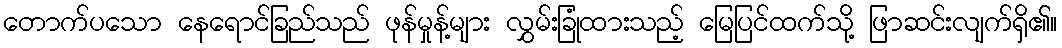
တောက်ပသော နေရောင်ခြည်သည် ဖုန်မှုန့်များ လွှမ်းခြုံထားသည့် မြေပြင်ထက်သို့ ဖြာဆင်းလျက်ရှိ၏။